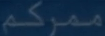
مموکم